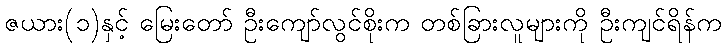
ဇယား(၁)နှင့် မြေးတော် ဦးကျော်လွင်စိုးက တစ်ခြားလူများကို ဦးကျင်ရိန်က